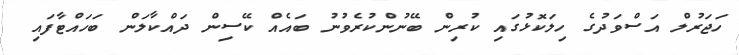
ހަޖަރުލް އަސްވަދުގެ ހިލަކޮޅުގައި ކުރިން ބޭނުންކުރެވުނު ބައެއް ކޭސިން ދައްކާލަން ބަހައްޓާފައި